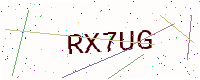
Text: RX7UG